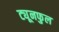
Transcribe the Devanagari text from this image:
ट्यूनफुल